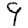
Digit: 9